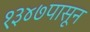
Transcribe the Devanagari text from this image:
१३४७पासून